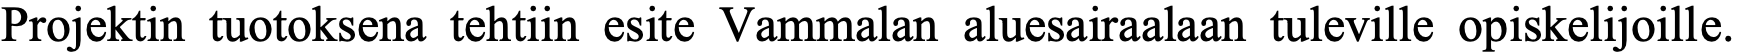
Projektin tuotoksena tehtiin esite Vammalan aluesairaalaan tuleville opiskelijoille.